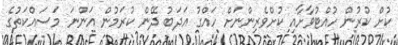
ކުށް ކުރުން ހުއްޓުވާށާއި ކުށްވެރިންނަށް ހައްގު އަދަބު ދޭން ކުރަމުން އަންނަ މަސައްކަތުގެ